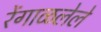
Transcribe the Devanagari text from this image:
रेंगाळलेले